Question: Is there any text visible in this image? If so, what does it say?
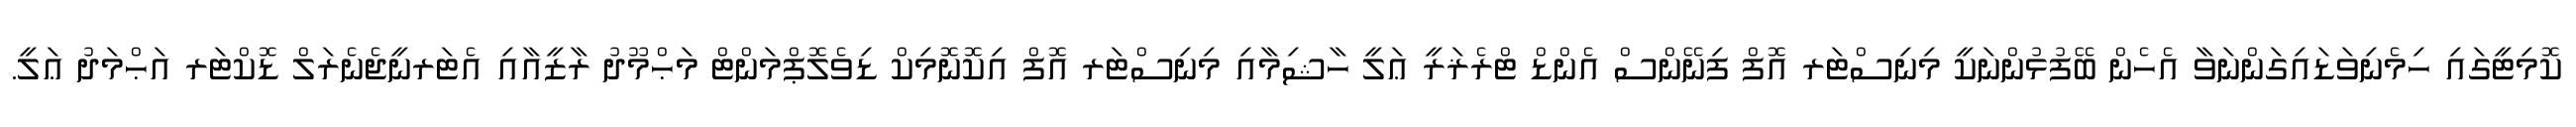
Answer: ކޮމިޓީގައި ހިމެނިވަޑައިގަންނަވާ އެހެން ބޭފުޅުންނަކީ މިނިސްޓަރ އޮފް ފިނޭންސް އެންޑް ޓްރެޜަރީ ޢަލީ ހާޝިމާއި މިނިސްޓަރ އޮފް އިކޮނޮމިކް ޑިވެލޮޕްމަންޓް މަޙްމޫދު ރާޒީއާއި އެޓަރނީޖެނެރަލް ޑޮކްޓަރ އަޙްމަދު ޢަލީ.